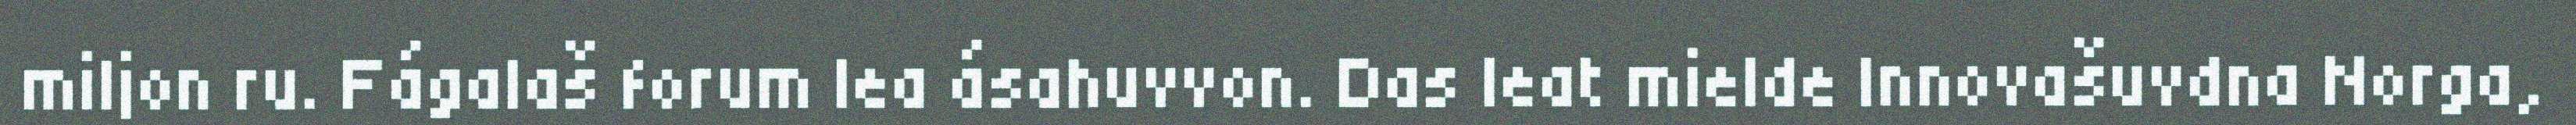
miljon ru. Fágalaš forum lea ásahuvvon. Das leat mielde Innovašuvdna Norga,